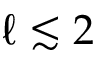
\ell \lesssim 2